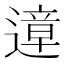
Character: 遧